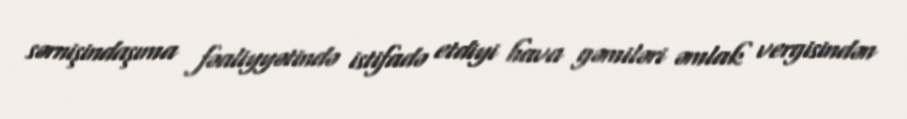
sərnişindaşıma fəaliyyətində istifadə etdiyi hava gəmiləri əmlak vergisindən